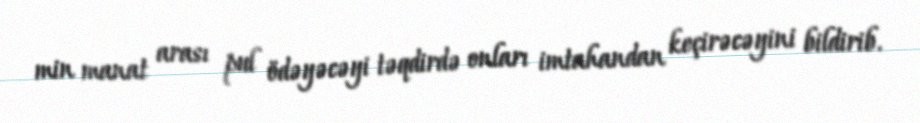
min manat arası pul ödəyəcəyi təqdirdə onları imtahandan keçirəcəyini bildirib.